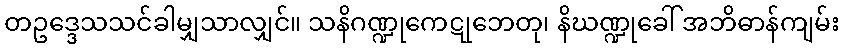
တဥဒ္ဒေသသင်ခါမျှသာလျှင်။ သနိဂဏ္ဍုကေဋုဘေတု၊ နိဃဏ္ဍုခေါ် အဘိဓာန်ကျမ်း